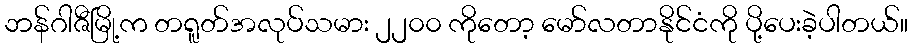
ဘန်ဂါဇီမြို့က တရူတ်အလုပ်သမား ၂၂၀၀ ကိုတော့ မော်လတာနိုင်ငံကို ပို့ပေးခဲ့ပါတယ်။